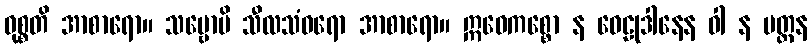
ဝုစ္စတိ အာစာရော။ သဗ္ဗောပိ သီလသံဝရော အာစာရော။ ဣဓေကစ္စော န ဝေဠုဒါနေန ဝါ န ပတ္တန